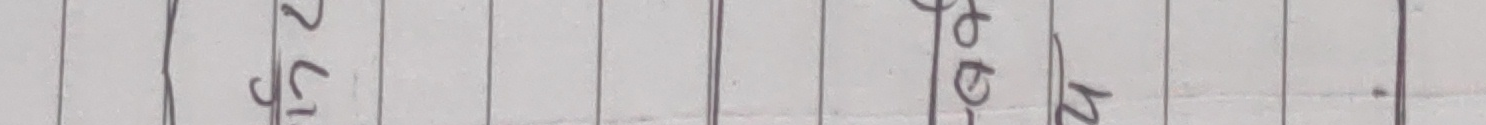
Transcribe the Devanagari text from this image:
२ छ श
५ घ त
१ १२